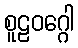
စူဠဝဂ္ဂေါ